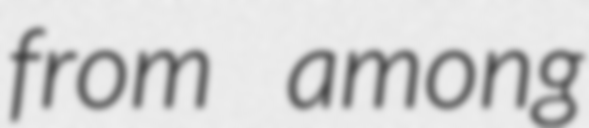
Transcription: from among